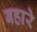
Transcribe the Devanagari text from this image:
बहारे